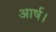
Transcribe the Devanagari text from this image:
आर्ष।